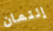
إئتمان